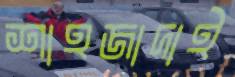
শাহজাদাই